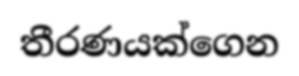
තීරණයක්ගෙන